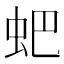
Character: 蚆